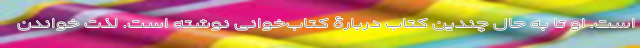
است. او تا به حال چندین کتاب دربارۀ کتاب‌خوانی نوشته است. لذت خواندن